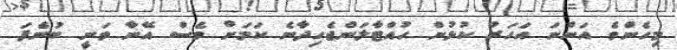
މިހެންވެ އަންނަ އަހަރު ކުޅުން ހުއްޓާލަންޖެހިދާނެ ކަމަށް ވެސް އޭނާ ވަނީ ބުނެފަ